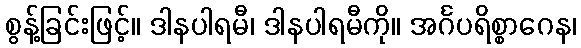
စွန့်ခြင်းဖြင့်။ ဒါနပါရမီ၊ ဒါနပါရမီကို။ အင်္ဂပရိစ္စာဂေန၊